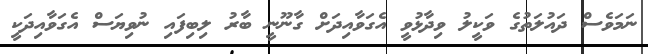
ނަމަވެސް ދައުލަތުގެ ވަކީލު ވިދާޅުވީ އެގަވާއިދަށް ގާނޫނީ ބާރު ލިބިފައި ނުވިޔަސް އެގަވާއިދަކީ